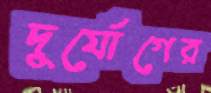
দুর্যোগের